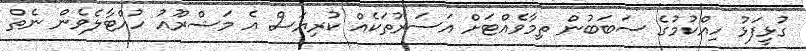
ގުޅީފަޅު ހިއްކުމުގެ ސަބަބުން ތިމާވެއްޓަށް އަސަރުތަކެއް ކުރިޔަސް އެ މަޝްރޫއު ހުއްޓާލެވެން ނެތް